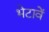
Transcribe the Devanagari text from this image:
भेटावें